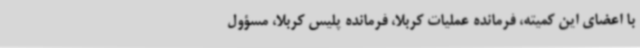
با اعضای این کمیته، فرمانده عملیات کربلا، فرمانده پلیس کربلا، مسؤول